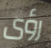
رؤى